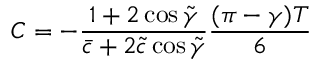
C = - \frac { 1 + 2 \cos \tilde { \gamma } } { \bar { c } + 2 \tilde { c } \cos \tilde { \gamma } } \frac { ( \pi - \gamma ) T } { 6 }